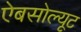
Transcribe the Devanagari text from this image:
ऐबसोल्यूट